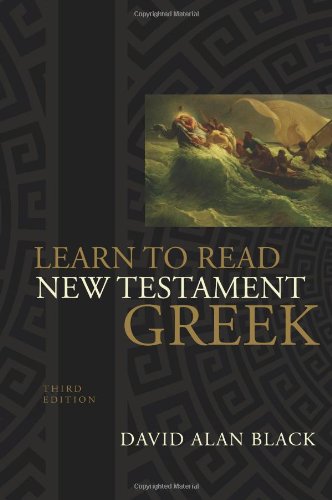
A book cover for Learn to Read New Testament Greek; David Alan Black; Christian Books & Bibles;